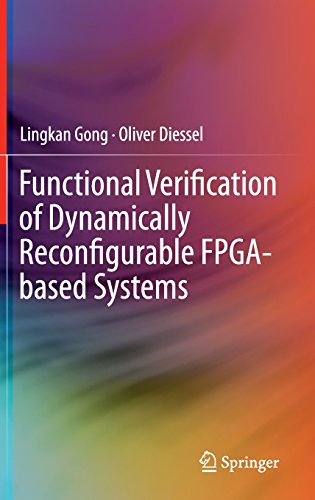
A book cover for Functional Verification of Dynamically Reconfigurable FPGA-based Systems; Lingkan Gong; Computers & Technology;